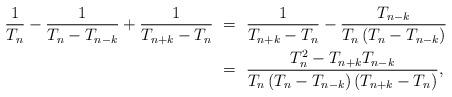
LaTeX: \begin{align*} \frac{1}{T_{n}}-\frac{1}{T_{n}-T_{n-k}}+\frac{1}{T_{n+k}-T_{n}} \ &=\ \frac{1}{T_{n+k}-T_{n}}-\frac{T_{n-k}}{T_{n}\left(T_{n}-T_{n-k}\right)}\\ \ &=\ \frac{T_{n}^{2}-T_{n+k}T_{n-k}}{T_{n}\left(T_{n}-T_{n-k}\right)\left(T_{n+k}-T_{n}\right)},\end{align*}